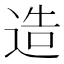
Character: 造